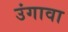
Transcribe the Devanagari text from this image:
उंगावा